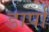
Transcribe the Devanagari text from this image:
डार्पा